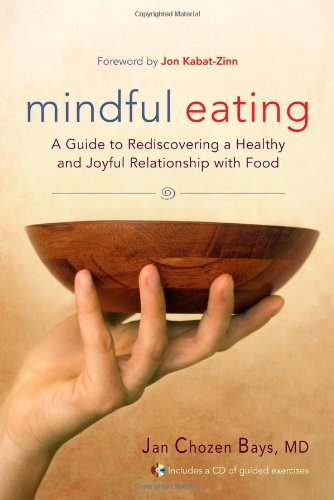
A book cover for Mindful Eating: A Guide to Rediscovering a Healthy and Joyful Relationship with Food (Includes CD); Jan Chozen Bays; Self-Help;